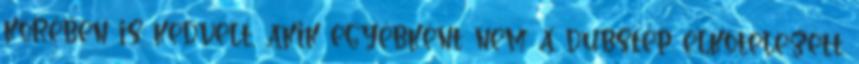
körében is kedvelt, akik egyébként nem a dubstep elkötelezett